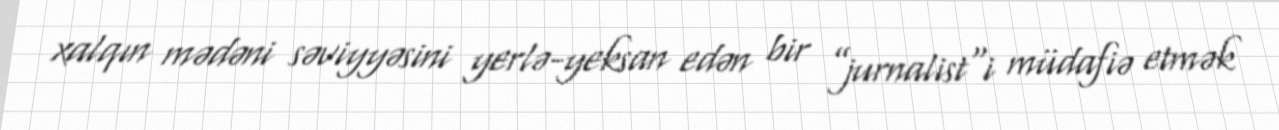
xalqın mədəni səviyyəsini yerlə-yeksan edən bir ”jurnalist"i müdafiə etmək